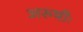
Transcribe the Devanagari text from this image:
अरुषीः